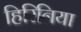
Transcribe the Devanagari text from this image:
हिरिनिया